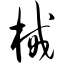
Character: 械